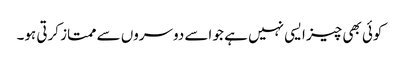
کوئی بھی چیز ایسی نہیں ہے جو اسے دوسروں سے ممتاز کرتی ہو۔